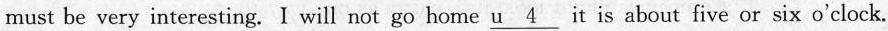
must be very interesting. I will not go home \underline{u 4} it is about five or six o'clock.